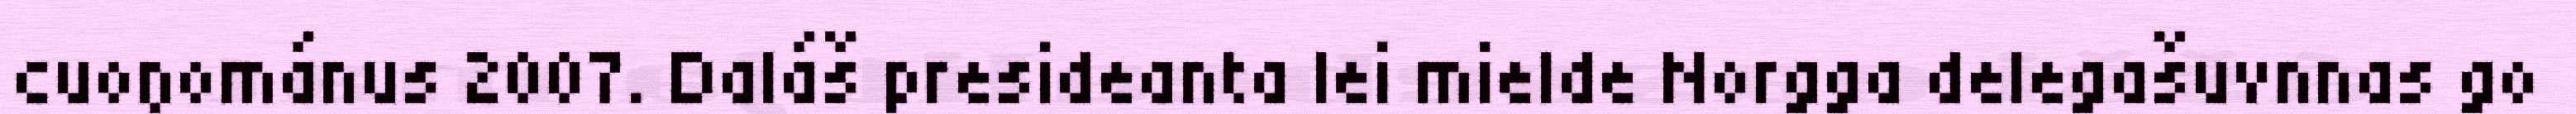
cuoŋománus 2007. Daláš presideanta lei mielde Norgga delegašuvnnas go